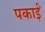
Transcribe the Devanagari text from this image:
पकाईं